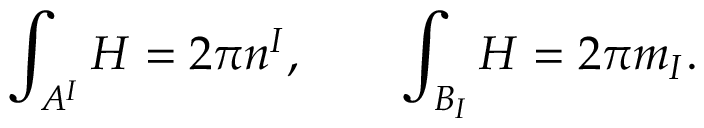
\int _ { A ^ { I } } H = 2 \pi n ^ { I } , \qquad \int _ { B _ { I } } H = 2 \pi m _ { I } .